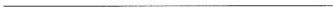
___